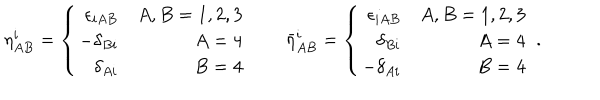
LaTeX: \eta _ { A B } ^ { i } = \left\{ \begin{array} { r r } { { \epsilon _ { i A B } } } & { { A , B = 1 , 2 , 3 } } \\ { { - \delta _ { B i } } } & { { A = 4 } } \\ { { \delta _ { A i } } } & { { B = 4 } } \\ \end{array} \right. \qquad { \bar { \eta } } _ { A B } ^ { i } = \left\{ \begin{array} { r r } { { \epsilon _ { i A B } } } & { { A , B = 1 , 2 , 3 } } \\ { { \delta _ { B i } } } & { { A = 4 } } \\ { { - \delta _ { A i } } } & { { B = 4 } } \\ \end{array} \right. \ .